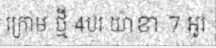
ក្រោម ថ្មី 4បរ យ៉ាខា 7 អូរ